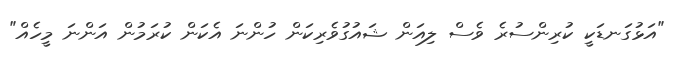
"އަޅުގަނޑަކީ ކުރިންސުރެ ވެސް ލިއަން ޝައުގުވެރިކަން ހުންނަ އެކަން ކުރަމުން އަންނަ މީހެއް"